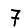
Digit: 7